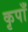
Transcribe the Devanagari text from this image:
कृपाँ